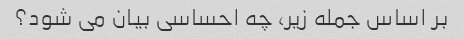
بر اساس جمله زیر، چه احساسی بیان می شود؟